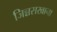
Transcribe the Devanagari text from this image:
जिन्नसखाना